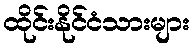
ထိုင်းနိုင်ငံသားများ